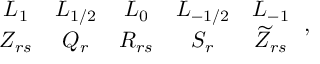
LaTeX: \begin{array} { c c c c c } { { L _ { 1 } } } & { { L _ { 1 / 2 } } } & { { L _ { 0 } } } & { { L _ { - 1 / 2 } } } & { { L _ { - 1 } } } \\ { { Z _ { r s } } } & { { Q _ { r } } } & { { R _ { r s } } } & { { S _ { r } } } & { { \widetilde { Z } _ { r s } } } \end{array} \, ,